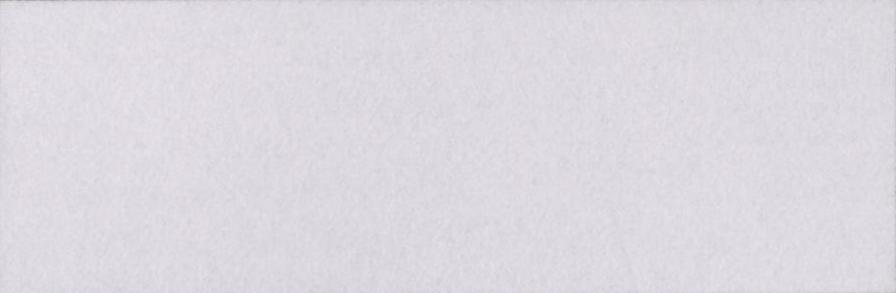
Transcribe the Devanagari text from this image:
गुजारिश